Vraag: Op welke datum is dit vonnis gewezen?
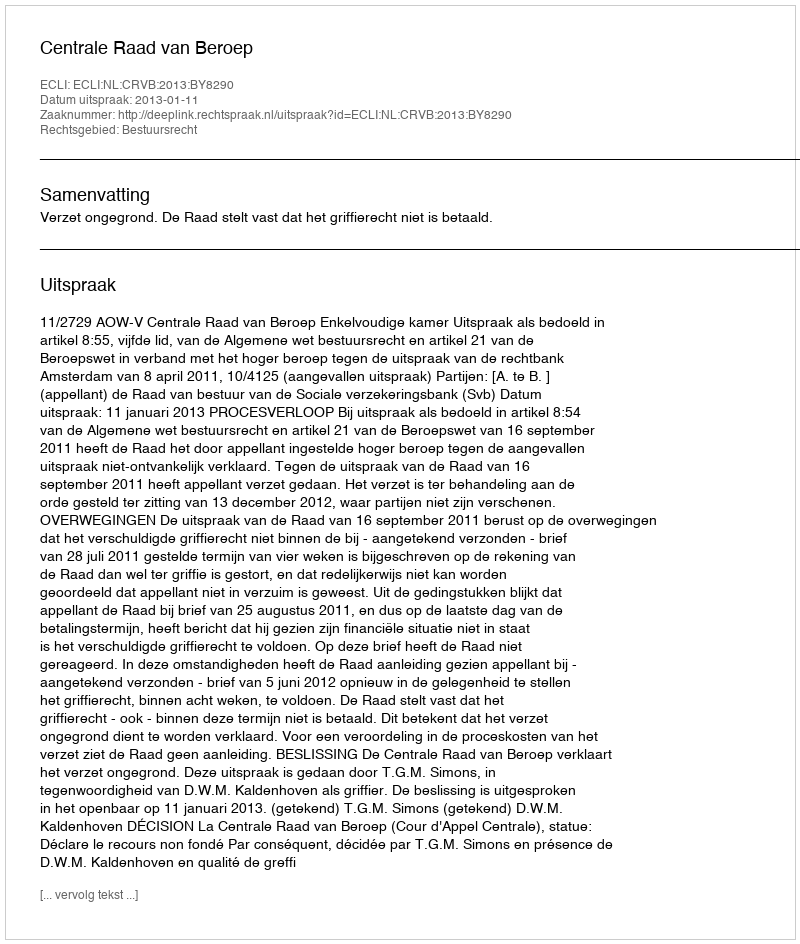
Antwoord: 2013-01-11